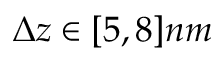
\Delta z \in [ 5 , 8 ] n m